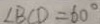
\angle B C D = 6 0 ^ { \circ }